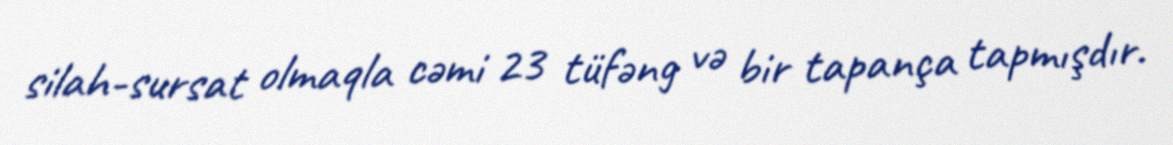
silah-sursat olmaqla cəmi 23 tüfəng və bir tapança tapmışdır.